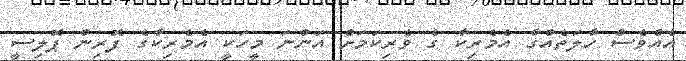
އެއްވެސް ހާލަތެއްގާ އެމެރިކާ ގެ ވެރިކަމަށް އަންނަ މީހަކީ އެމެރިކާގެ ފޮރިން ޕޮލިސީ